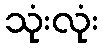
သုံးလုံး